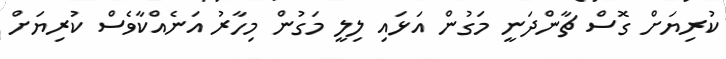
ކުރިޔަށް ގޮސް ޗާންދަނީ މަގުން އަޅައި ލިލީ މަގުން މިހާރު އަނެއްކާވެސް ކުރިޔަށް